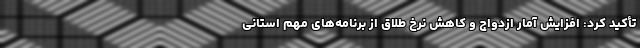
تأکید کرد: افزایش آمار ازدواج و کاهش نرخ طلاق از برنامه‌های مهم استانی